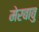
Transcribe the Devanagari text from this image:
मेरबाबु